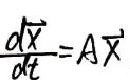
$\frac{d\vec{x}}{dt}=A\vec{x}$